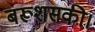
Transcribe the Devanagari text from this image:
बरूशसकी।